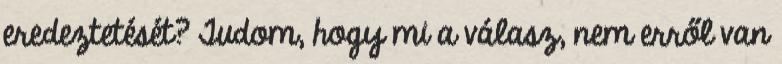
eredeztetését? Tudom, hogy mi a válasz, nem erről van